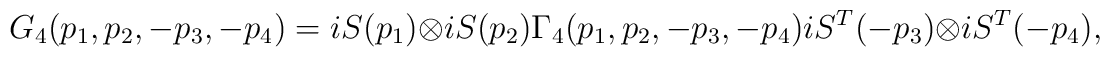
G_4(p_1, p_2, -p_3, -p_4)=iS(p_1)\otimes iS(p_2)\Gamma_4(p_1, p_2, -p_3, -p_4)iS^T(-p_3)\otimes iS^T(-p_4),